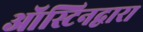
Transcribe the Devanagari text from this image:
ऑस्टिनद्वारा